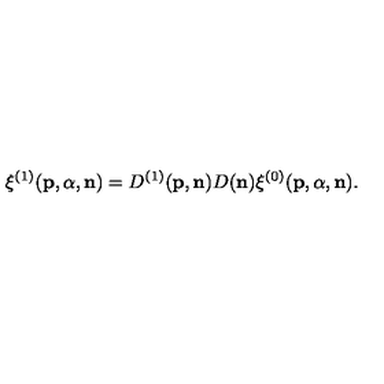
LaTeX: { \xi } ^ { ( 1 ) } ( { \bf p } , { \alpha } , { \bf n } ) = D ^ { ( 1 ) } ( { \bf p } , { \bf n } ) D ( { \bf n } ) { \xi } ^ { ( 0 ) } ( { \bf p } , { \alpha } , { \bf n } ) .